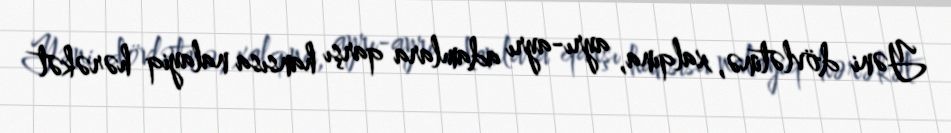
Yəni dövlətinə, xalqına, ayrı-ayrı adamlara qarşı hansısa nalayiq hərəkət